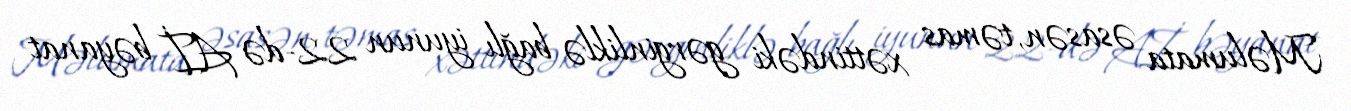
Məlumata əsasən, təmas xəttindəki gərginliklə bağlı iyunun 22-də Aİ bəyanat